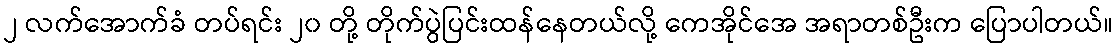
၂ လက်အောက်ခံ တပ်ရင်း ၂၀ တို့ တိုက်ပွဲပြင်းထန်နေတယ်လို့ ကေအိုင်အေ အရာတစ်ဦးက ပြောပါတယ်။